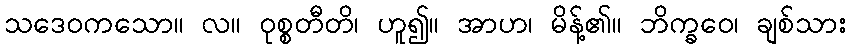
သဒေဝကသော။ လ။ ဝုစ္စတီတိ၊ ဟူ၍။ အာဟ၊ မိန့်၏။ ဘိက္ခဝေ၊ ချစ်သား